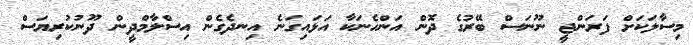
މިސާލަކަށް ފަރަންޖީ ނޫނަސް ބޭރުގެ ދޮން އަންހެނަކާ އަޅައިގަނެ އިނދެގެން އިސްލާމްދީން ދޫނުކުރިޔަސް